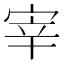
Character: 宰